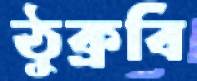
ঠুক্‌রবি